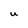
Character: u